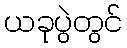
ယခုပွဲတွင်